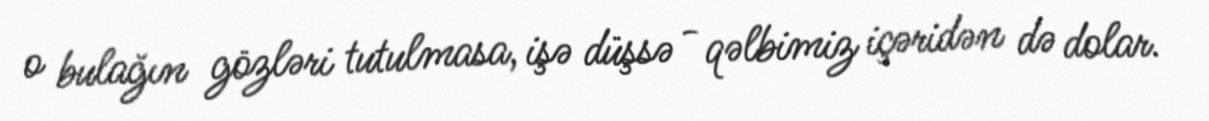
o bulağın gözləri tutulmasa, işə düşsə - qəlbimiz içəridən də dolar.